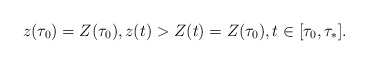
\begin{align*}z(\tau_0)=Z(\tau_0),z(t)>Z(t)=Z(\tau_0),t\in[\tau_0,\tau_*].\end{align*}